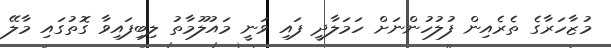
މުޒާހަރާގެ ތެރެއިން ފުލުހުންނަށް ހަމަލާދީ ފައި ވަނީ މައުލޫމާތު ލިބިފައިވާ ގޮތުގައި މާލޭ